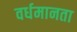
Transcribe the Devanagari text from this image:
वर्धमानता